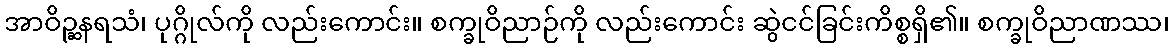
အာဝိဉ္ဆနရသံ၊ ပုဂ္ဂိုလ်ကို လည်းကောင်း။ စက္ခုဝိညာဉ်ကို လည်းကောင်း ဆွဲငင်ခြင်းကိစ္စရှိ၏။ စက္ခုဝိညာဏဿ၊